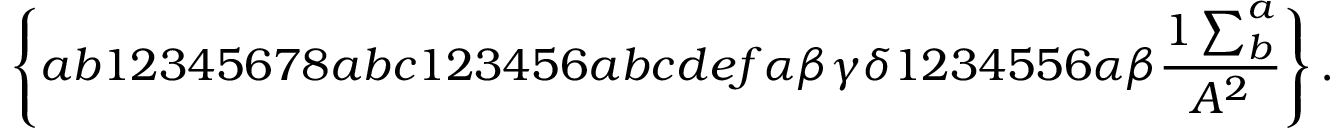
\left\{ a b 1 2 3 4 5 6 7 8 a b c 1 2 3 4 5 6 a b c d e f \alpha \beta \gamma \delta 1 2 3 4 5 5 6 \alpha \beta \frac { 1 \sum _ { b } ^ { a } } { A ^ { 2 } } \right\} .